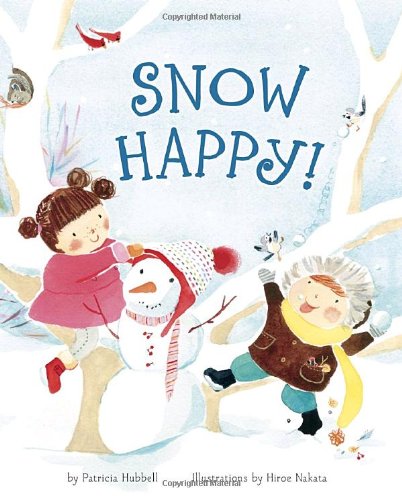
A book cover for Snow Happy!; Patricia Hubbell; Children's Books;